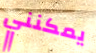
يمكنني